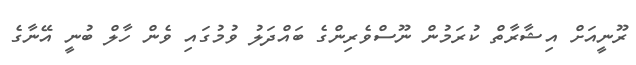
ރޫނީއަށް އިޝާރާތް ކުރަމުން ނޫސްވެރިންގެ ބައްދަލު ވުމުގައި ވެން ހާލް ބުނީ އޭނާގެ